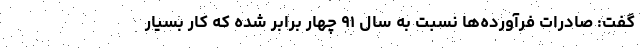
گفت: صادرات فرآورده‌ها نسبت به سال ۹۱ چهار برابر شده که کار بسیار